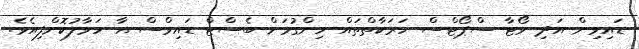
ޑައިވިން އަދި ވޯޓާ ސްޕޯޓްސް ހަރަކާތްތައް ހިންގުމަށް ބެސްޓް ޑައިވްސް އާ ހަވާލުކޮށްފިއެވެ.